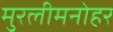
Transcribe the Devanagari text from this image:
मुरलीमनोहर